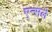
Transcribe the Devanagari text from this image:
एन्सले